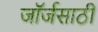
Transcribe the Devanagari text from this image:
जॉर्जसाठी